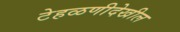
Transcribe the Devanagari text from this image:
टेहळणीदेखील